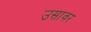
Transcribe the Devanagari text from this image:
उसावर